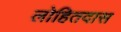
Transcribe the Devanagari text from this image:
लोहितदास